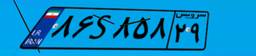
۸۶S۸۵۸۲۹